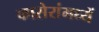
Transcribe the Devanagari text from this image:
कासेरांमध्यें